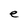
Character: e